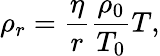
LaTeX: {\rho_{r}}=\frac{\eta}{r}\frac{{{\rho_{0}}}}{{{T_{0}}}}T,